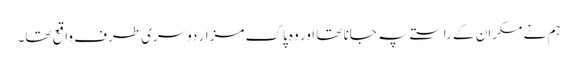
ہم نے مکران کے راستے پہ جانا تھا اور وہ پاک مزار دوسری طرف واقع تھا۔